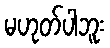
မဟုတ်ပါဘူး